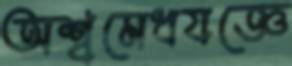
অশ্বমেধযজ্ঞে